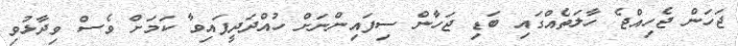
ޖަހަން ޖެހިއްޖެ ހާލަތެއްގައި ބަޑި ޖަހާން ސިފައިންނަށް ހުއްދަދީފައިވާ ކަަމަށް ވެސް ވިދާޅުވި